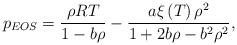
LaTeX: \begin{align*}{p_{EOS}} = \frac{{\rho RT}}{{1 - b\rho }} - \frac{{a\xi \left( T \right){\rho ^2}}}{{1 + 2b\rho - {b^2}{\rho ^2}}},\end{align*}